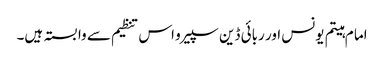
اما م ہیتم یونس اور ربائی ڈین سپیرو اس تنظیم سے وابستہ ہیں۔